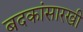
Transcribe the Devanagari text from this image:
बदकांसारखी